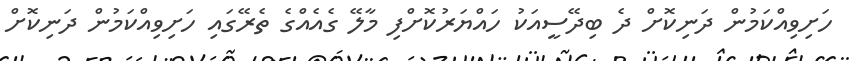
ހަށިވިއްކަމުން ދަނިކޮށް ދެ ބިދޭސީއަކު ހައްޔަރުކޮށްފި މާލޭ ގެއެއްގެ ތެރޭގައި ހަށިވިއްކަމުން ދަނިކޮށް